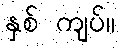
နှစ် ကျပ်။